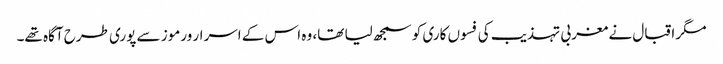
مگر اقبال نے مغربی تہذیب کی فسوں کاری کو سمجھ لیا تھا، وہ اس کے اسرار ورموز سے پوری طرح آگاہ تھے۔